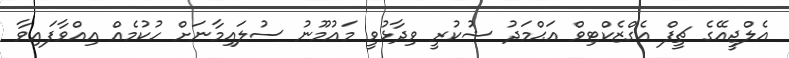
އެލްޖީއޭގެ ޗީފް އެގްޒެކްޓިވް އަޙްމަދު ޝުކުރީ ވިދާޅުވީ މައުމޫނު ސުލައިމާނަށް ހުކުމެއް އިއްވާފައިވާ